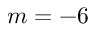
m = - 6